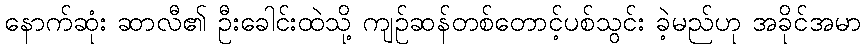
နောက်ဆုံး ဆာလီ၏ ဦးခေါင်းထဲသို့ ကျဉ်ဆန်တစ်တောင့်ပစ်သွင်း ခဲ့မည်ဟု အခိုင်အမာ